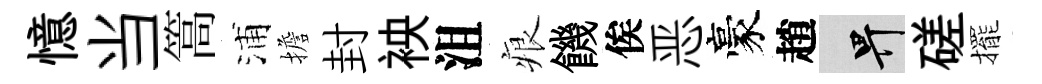
憶当篙浦擔封䘧沮痕饑俟恶豪趙畀磋擺